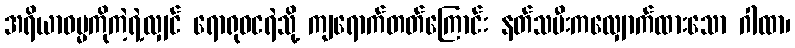
အရိယာဓမ္မကိုကဲ့ရဲ့လျှင် ရောရုဝငရဲသို့ ကျရောက်တတ်ကြောင်း နတ်သမီးကလျှောက်ထားသော ဂါထာ၊